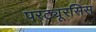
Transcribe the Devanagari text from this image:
परट्यूरसिस